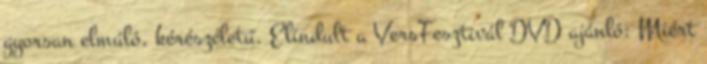
gyorsan elmúló, kérészéletű. Elindult a VersFesztivál DVD ajánló: Miért